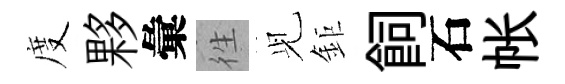
度夥彙徃𫤗鉅飼石帐